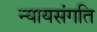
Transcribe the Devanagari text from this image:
न्यायसंगति